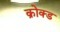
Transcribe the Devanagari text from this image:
क्रोक्ड